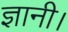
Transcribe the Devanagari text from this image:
ज्ञानी।